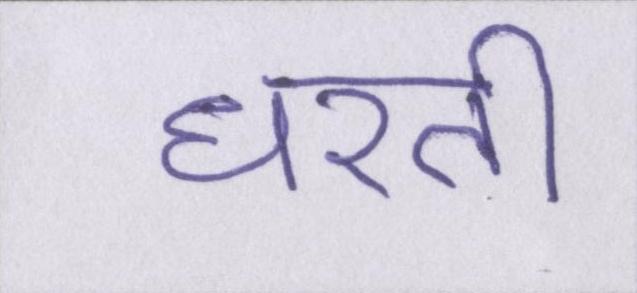
धरती